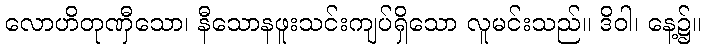
လောဟိတုဏှီသော၊ နီသောနဖူးသင်းကျပ်ရှိသော လူမင်းသည်။ ဒိဝါ၊ နေ့၌။